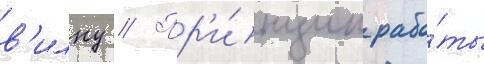
в'илку // Пр'и́нцип рабо́ты